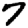
Digit: 7